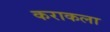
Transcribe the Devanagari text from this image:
कराकला